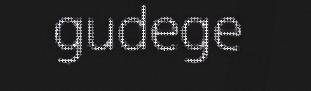
gudege